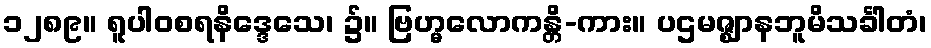
၁၂၈၉။ ရူပါဝစရနိဒ္ဒေသေ၊ ၌။ ဗြဟ္မလောကန္တိ-ကား။ ပဌမဇ္ဈာနဘူမိသင်္ခါတံ၊